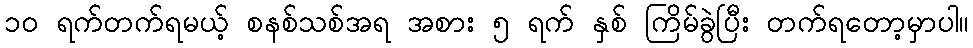
၁၀ ရက်တက်ရမယ့် စနစ်သစ်အရ အစား ၅ ရက် နှစ် ကြိမ်ခွဲပြီး တက်ရတော့မှာပါ။